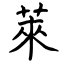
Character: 萊